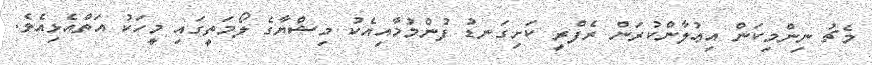
މެޗު ނިންމިކަން އިޢުލާންކުރަން ރެފްރީ ކަށިގަނޑު ފުންމުމާއިއެކު މިޝްޔާގެ ލޯމަތީގައި މީހަކު އަތްއެޅިއެވެ.